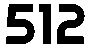
512